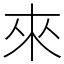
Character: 來